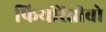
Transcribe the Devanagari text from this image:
फियोरेंतीबो